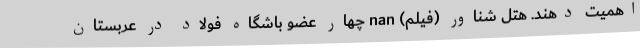
اهمیت دهند. هتل شناور (فیلم) nan چهار عضو باشگاه فولاد در عربستان